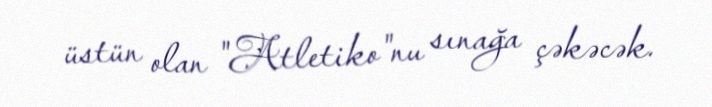
üstün olan "Atletiko"nu sınağa çəkəcək.